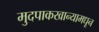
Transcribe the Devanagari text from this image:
मुदपाकखान्यामधून